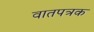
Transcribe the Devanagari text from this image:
वातपत्रक